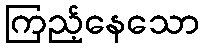
ကြည့်နေသော